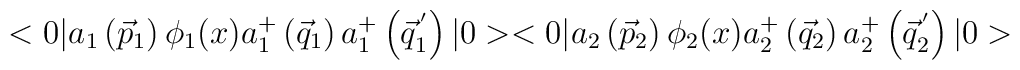
<0|a_1\left(\vec{p}_1\right){\phi}_1(x)a_1^{+}\left(\vec{q}_1\right) a_1^{+}\left(\vec{q}_1^{\,'}\right)|0><0|a_2\left(\vec{p}_2\right){\phi}_2(x)a_2^{+}\left(\vec{q}_2\right) a_2^{+}\left(\vec{q}_2^{\,'}\right)|0>